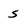
Character: s